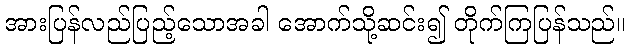
အားပြန်လည်ပြည့်သောအခါ အောက်သို့ဆင်း၍ တိုက်ကြပြန်သည်။